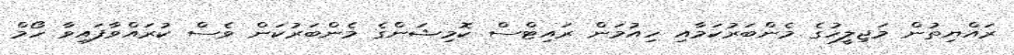
ރައްޔިތުން މަޖިލީހުގެ މެންބަރުކަމާއި ހިއުމަން ރައިޓްސް ކޮމިޝަންގެ މެންބަރުކަން ވެސް ކުރައްވާފައިވާ ހޯމް